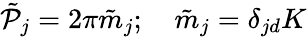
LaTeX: \tilde{\cal P}_{j}=2\pi\tilde{m}_{j};\quad\tilde{m}_{j}=\delta_{jd}K